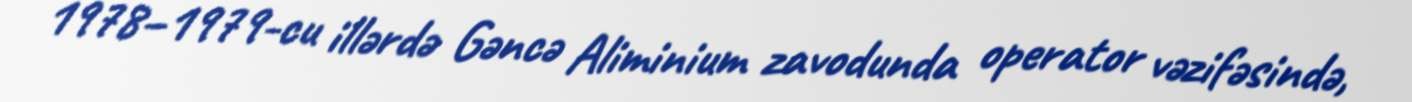
1978–1979-cu illərdə Gəncə Aliminium zavodunda operator vəzifəsində,